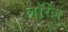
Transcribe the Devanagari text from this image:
लॉरेंज़